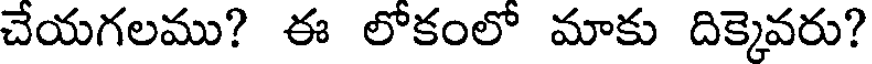
చేయగలము? ఈ లోకంలో మాకు దిక్కెవరు?